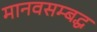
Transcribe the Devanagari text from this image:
मानवसम्बद्ध